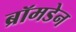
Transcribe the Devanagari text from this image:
ब्रॉमडेन